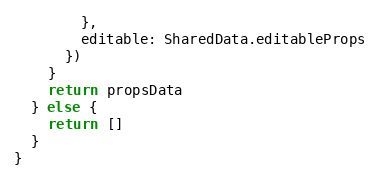
Language: JavaScript
        },
        editable: SharedData.editableProps
      })
    }
    return propsData
  } else {
    return []
  }
}